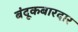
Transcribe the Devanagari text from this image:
बंदूकबारदार